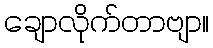
ချောလိုက်တာဗျာ။